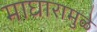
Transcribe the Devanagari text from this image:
माघारामुळे